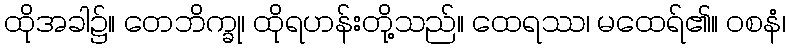
ထိုအခါ၌။ တေဘိက္ခု၊ ထိုရဟန်းတို့သည်။ ထေရဿ၊ မထေရ်၏။ ဝစနံ၊